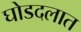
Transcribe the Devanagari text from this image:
घोडदलात